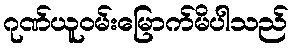
ဂုဏ်ယူဝမ်းမြောက်မိပါသည်